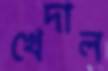
খেদাল